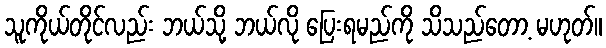
သူကိုယ်တိုင်လည်း ဘယ်သို့ ဘယ်လို ပြေးရမည်ကို သိသည်တော့ မဟုတ်။